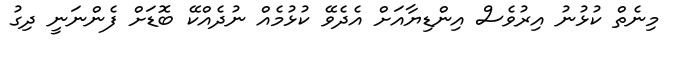
މިނެތް ކުޅުނު އިރުވެސް އިންޑިޔާއަށް އެދެވޭ ކުޅުމެއް ނުދެއްކޭ ބޮޑަށް ފެންނަނީ ދިގު